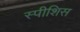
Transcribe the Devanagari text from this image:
स्पीशिस